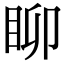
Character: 𥄸